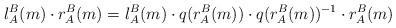
LaTeX: \begin{align*}l^B_A(m)\cdot r^B_A(m)=l^B_A(m) \cdot q(r^B_A(m))\cdot q(r^B_A(m))^{-1}\cdot r^B_A(m)\end{align*}